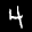
Label: 4